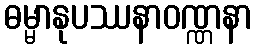
ဓမ္မာနုပဿနာဝဏ္ဏနာ